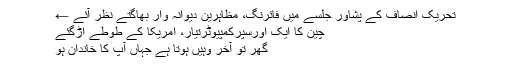
تحریک انصاف کے پشاور جلسے میں فائرنگ، مظاہرین دیوانہ وار بھاگتے نظر آئے ←
چین کا ایک اورسپرکمپیوٹرتیار، امریکا کے طوطے اڑگئے
گھر تو آخر وہیں ہوتا ہے جہاں آپ کا خاندان ہو